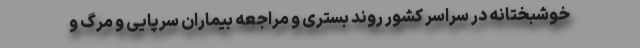
خوشبختانه در سراسر کشور روند بستری و مراجعه بیماران سرپایی و مرگ و